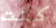
كنت